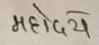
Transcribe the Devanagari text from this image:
महोदय